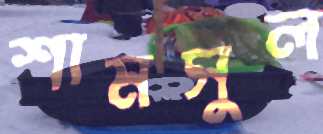
শামসুল